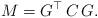
LaTeX: \begin{align*}M = G^\top \, C \, G .\end{align*}